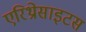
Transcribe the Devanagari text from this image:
एरिथ्रोसाइटस